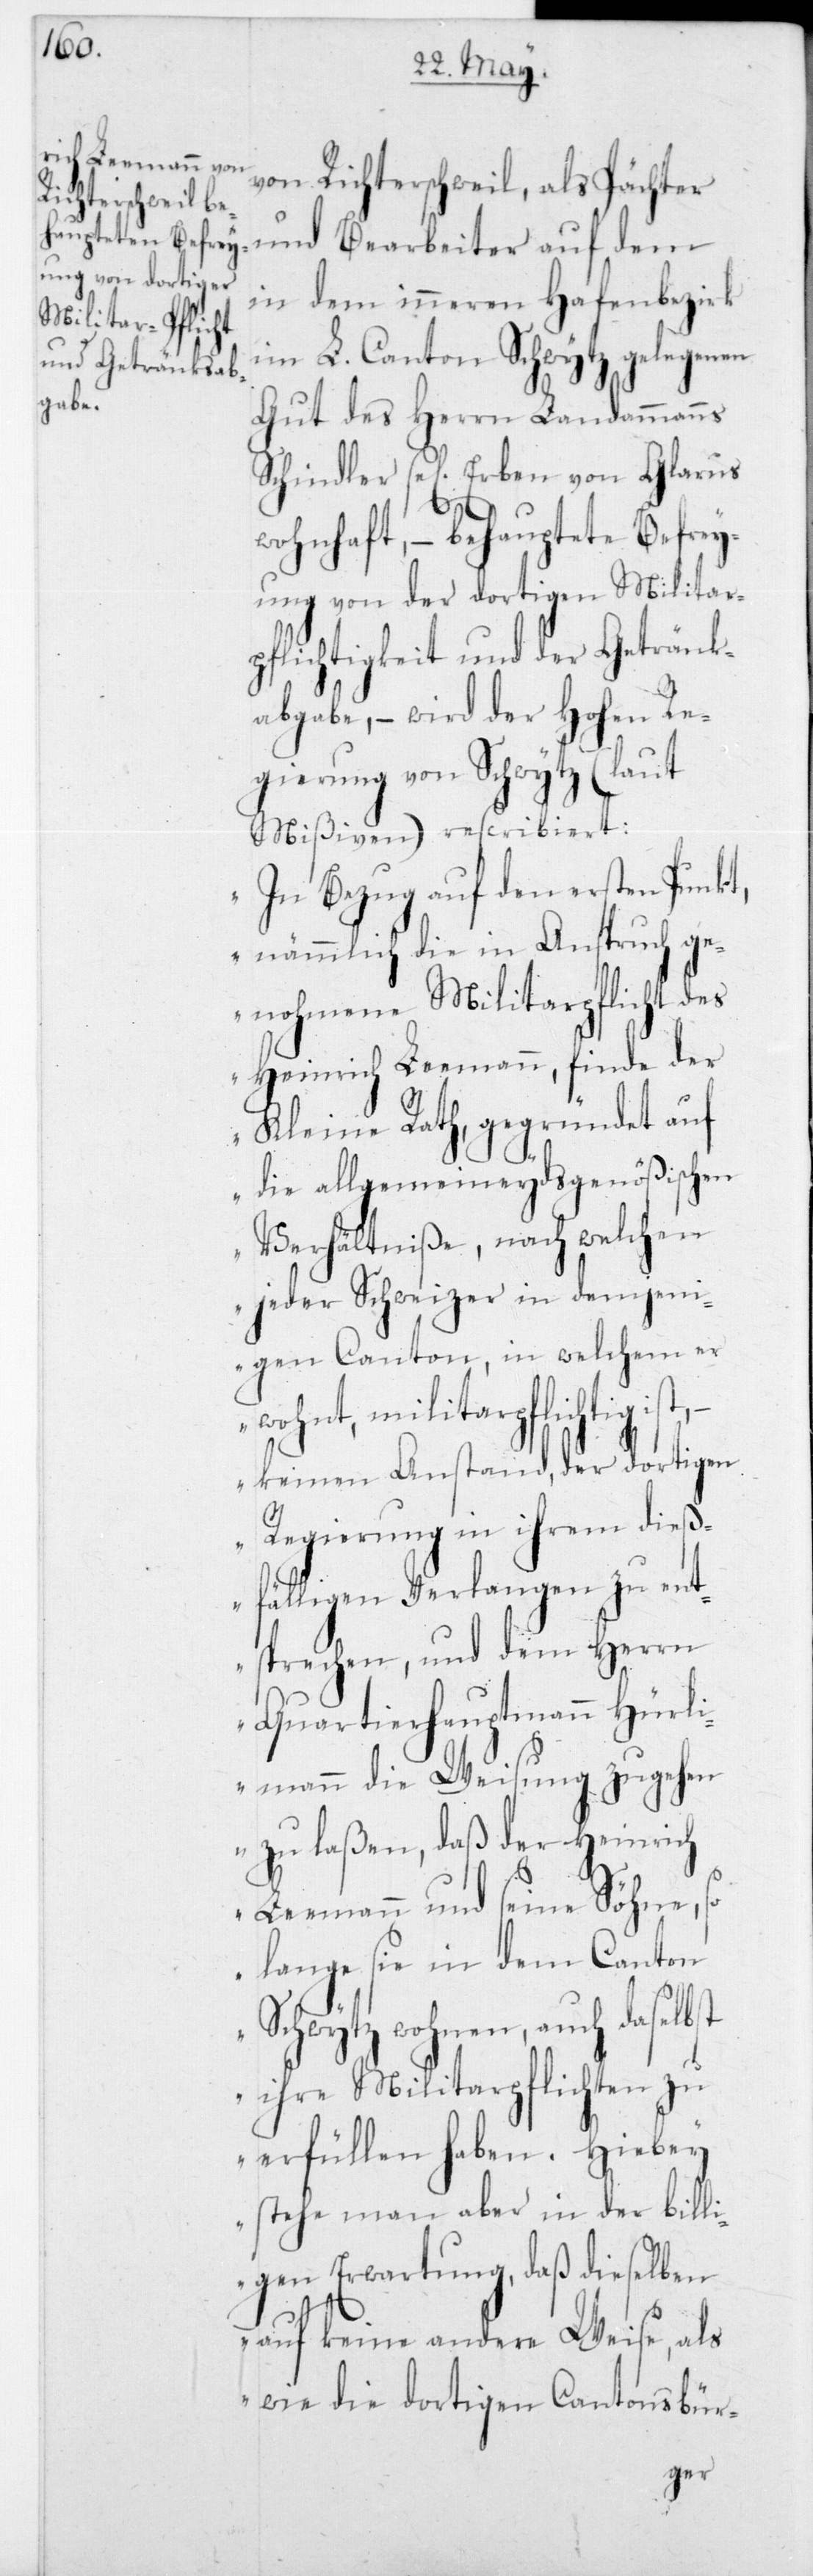
von Richterschweil, als Pächter
und Bearbeiter auf dem
in dem inneren Hafenbezirk
im L. Canton Schwytz gelegenen
Gut des Herrn Landammanns
Schindler sel. Erben von Glarus
wohnhaft, – behauptete Befrey¬
ung von der dortigen Militar¬
pflichtigkeit und der Getränk¬
abgabe, – wird der Hohen Re¬
gierung in Schwytz (laut
Mißiven) rescribiert:
„In Bezug auf den ersten Punkt,
nämmlich die in Anspruch ge¬
nohmene Militarpflicht des
Heinrich Leemann, finde der
Kleine Rath, gegründet auf
die allgemeineydsgenößischen
Verhältniße, nach welchen
jeder Schweizer in demjeni¬
gen Canton, in welchem er
wohnt, militarpflichtig
– keinen Anstand, der dortigen
Regierung in ihrem dieß¬
fälligen Verlangen zu ent¬
sprechen, und dem Herrn
Quartierhauptmann Hü¬
rlimann die Weisung zugehen
zu laßen, daß der Heinrich
Leemann und seine Söhne, so
lange sie in dem Canton
Schwytz wohnen, auch daselbst
ihre Militarpflichten zu
erfüllen haben. Hiebey
stehe man aber in der billi¬
gen Erwartung, daß dieselben
auf keine andere Weise, als
wie die dortigen Cantonsbür-